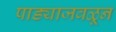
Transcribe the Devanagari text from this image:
पाड्याजवळून